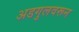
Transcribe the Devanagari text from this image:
अडगुलवरून